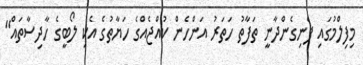
މިފިލްމުގައި ފެނިގެންދާނީ ތަފާތު ހަތަރު އަންހެން ކުއްޖެއްގެ ހަޔާތުގެ އެކި ލޯބީގެ ހާދިސާތައް"